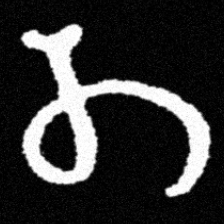
Pyu character \u2014 Myanmar letter: တ (romanized: ta)